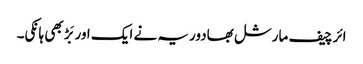
ائر چیف مارشل بھادوریہ نے ایک اور بَڑ بھی ہانکی۔